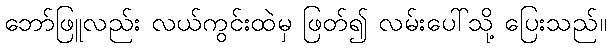
ဘော်ဖြူလည်း လယ်ကွင်းထဲမှ ဖြတ်၍ လမ်းပေါ်သို့ ပြေးသည်။